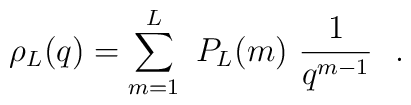
\rho_L (q) = \sum_{m=1}^L \ P_L (m) \ {1 \over q^{m-1}}  \ \ .